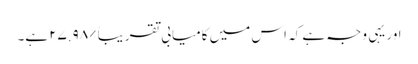
اور یہی وجہ ہے کہ اس میں کامیابی تقریباً %٢٧.٩٨ ہے۔